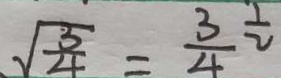
\sqrt { \frac { 3 } { 4 } } = \frac { 3 } { 4 } ^ { \frac { 1 } { 2 } }